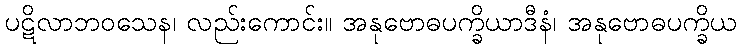
ပဋိလာဘဝသေန၊ လည်းကောင်း။ အနုဗောဓပက္ခိယာဒီနံ၊ အနုဗောဓပက္ခိယ